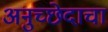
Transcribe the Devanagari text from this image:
अनुच्छेदाचा